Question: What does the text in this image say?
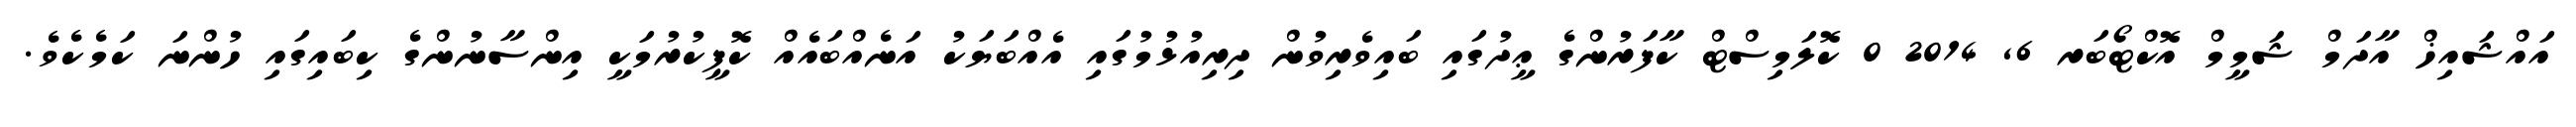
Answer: އައްޝައިޚް އާދަމް ޝަމީމް އޮކްޓޯބަރ 6, 2014 0 ކޮލަމިސްޓް ކާފަރުންގެ ޢީދުގައި ބައިވެރިވުން ދިރިއުޅުމުގައި އެއްބަޔަކު އަނެއްބައެއް ކޮޕީކުރުމަކީ އިންސާނުންގެ ކިބައިގައި ހުންނަ ކަމެކެވެ.